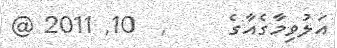
އަލުވިމާގެއާގެ